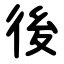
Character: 後